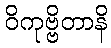
ဝိကုဗ္ဗိတာနိ